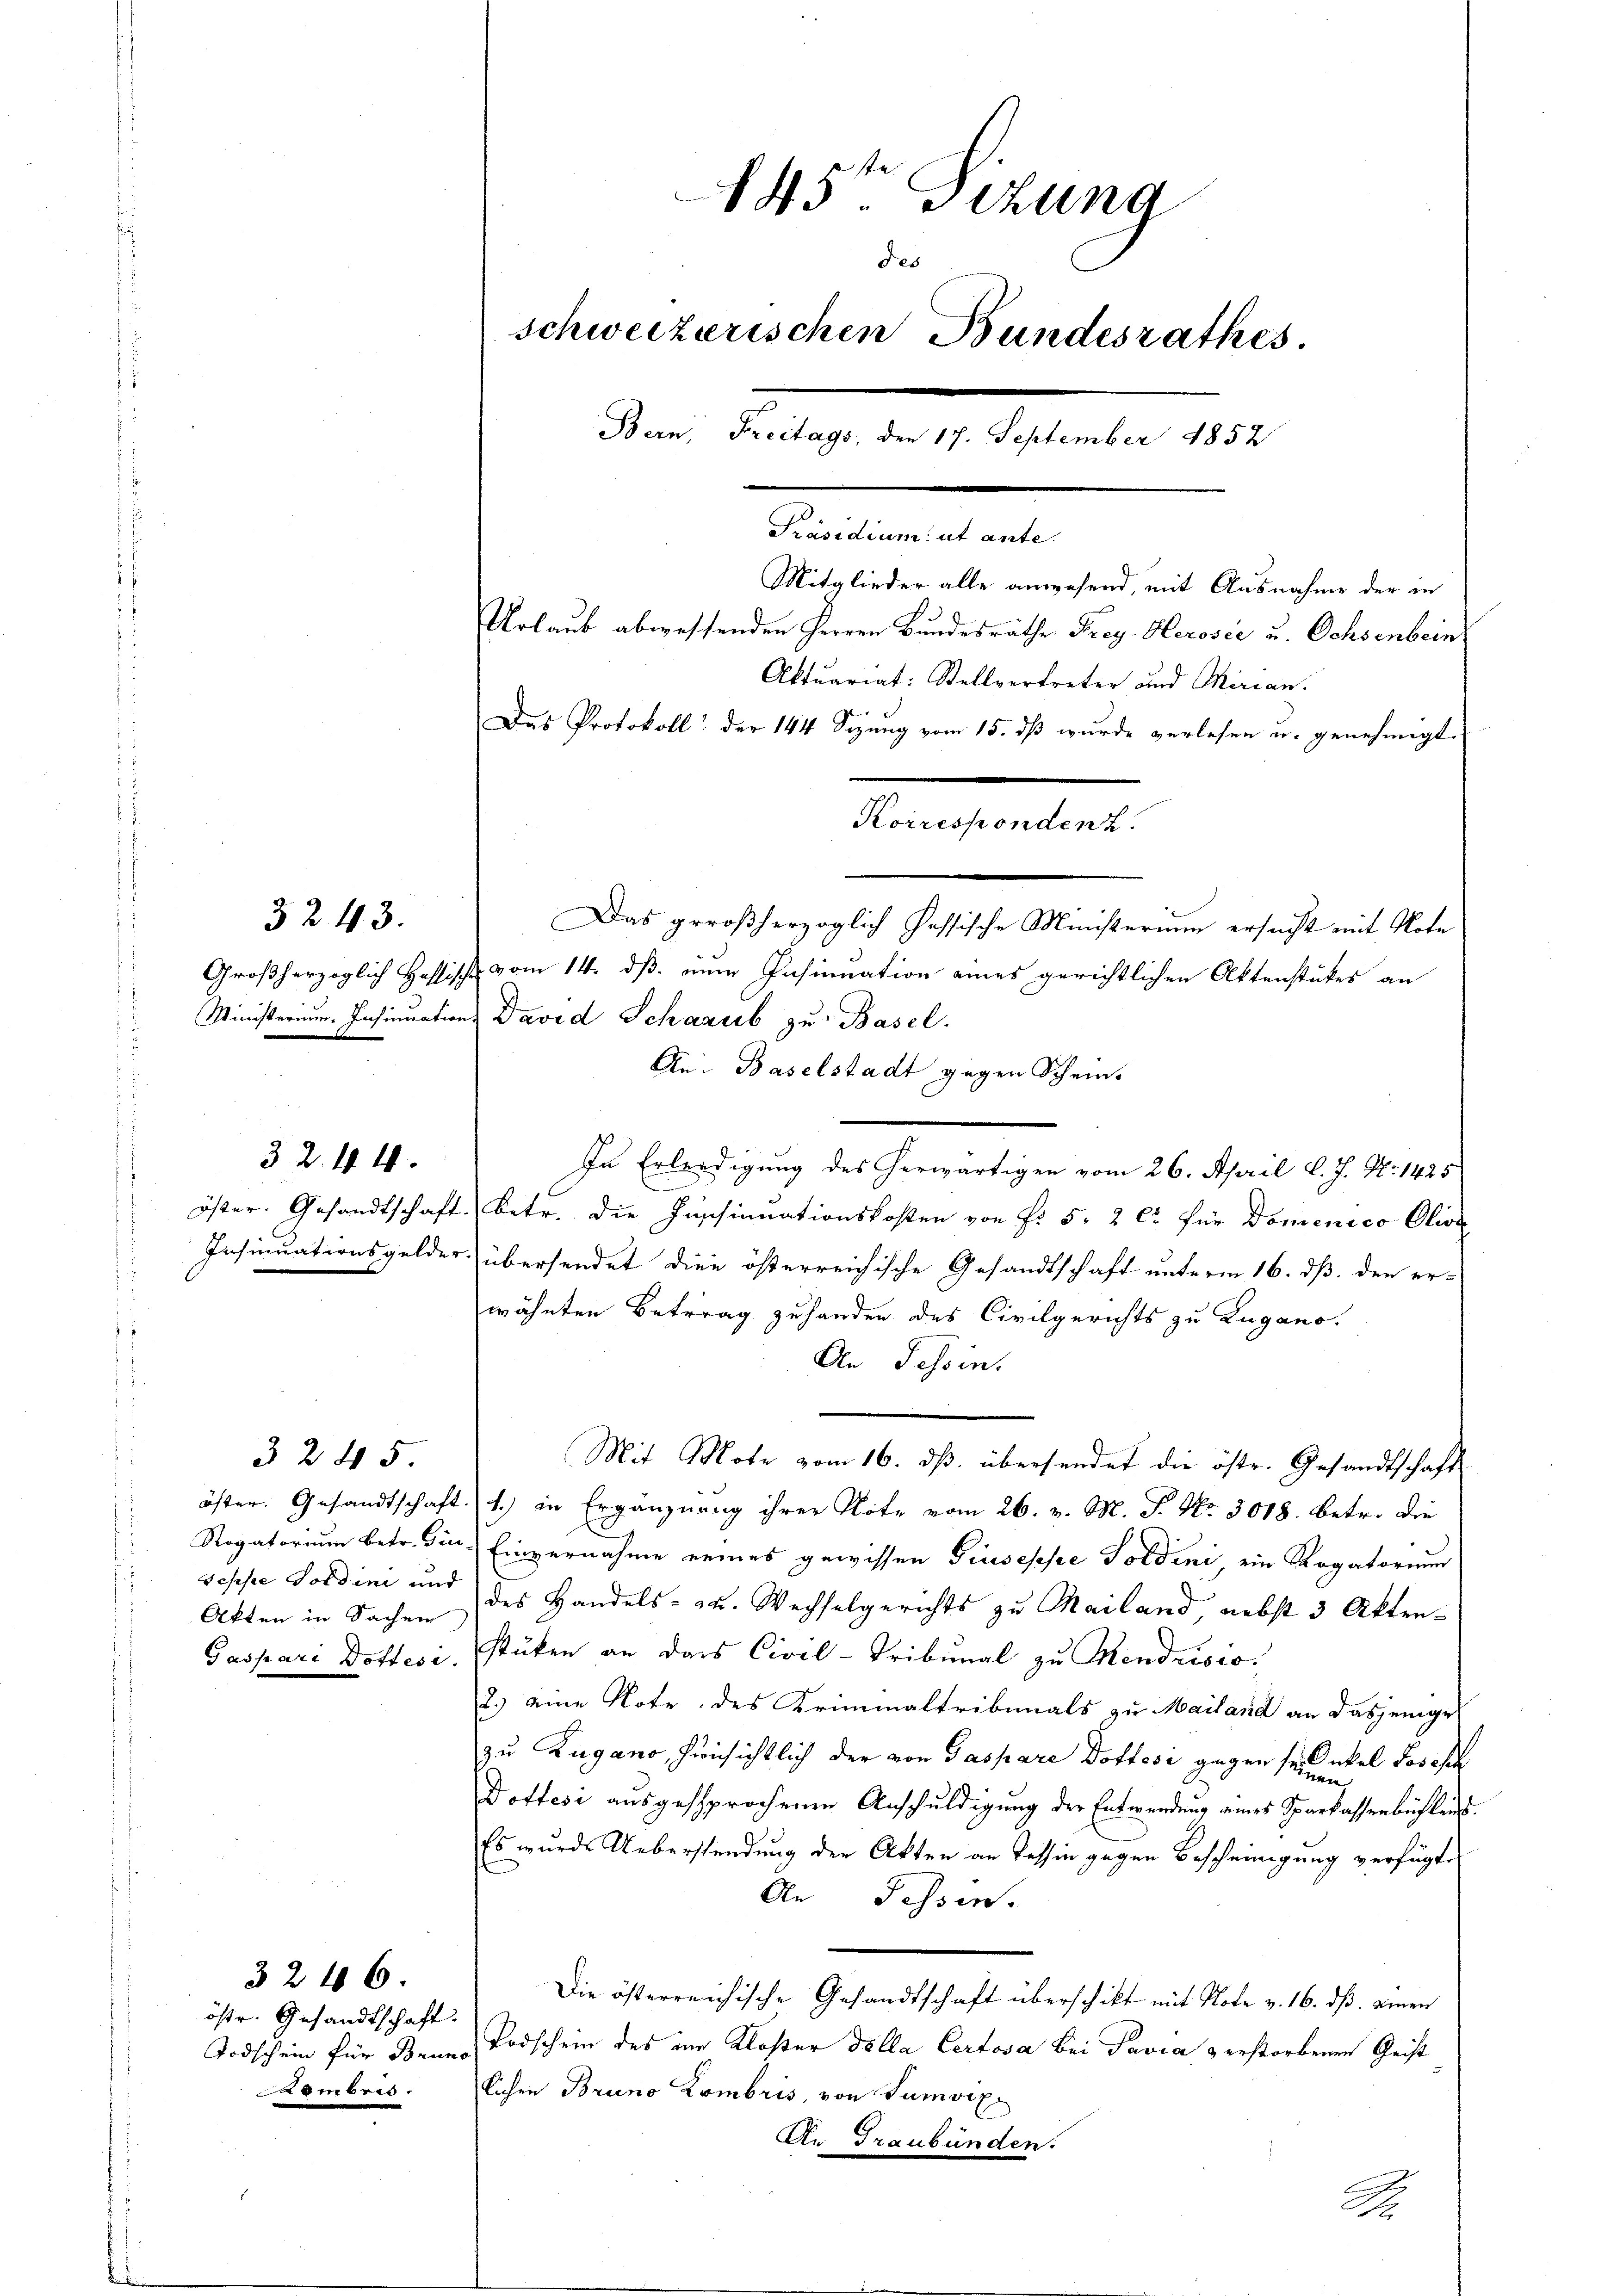
3243.

Sepsie Goldini und

32. 44.

3245.

öste. Gesandtschaft:
Todschein für Bruno
Sembris.

3246.

145te Sitzung
des
schweizerischen Bundesrathes.
Bern, Freitags, den 17. September 1852
.
Präsidium ut ante.
Mitglieder alle anwesend, mit Ausnahme der in
Urlaub abwessenden Herren Bundesrathe Frey-Herović u. Ochsenbein
Aktuariat: Stellvertreter und Mirian.
Das Protokoll der 144 Sizung vom 15. dß wurde verlesen u. genehmigt.
Kaisenatent
Das großherzoglich Passische Ministerium ersucht mit Note
Großherzoglich Hassische vom 14. dß. zum Insinuation eines gerichtlichen Aktenstückes an

Ministerium Insinuations David Schaaub zu Basel.
An: Baselstadt gegen Schein.
In Erlerdigung des herwärtigen vom 26. April l. J. No 1425
wonnen we
öster. Gesandtschaft betr. die Insinuationskosten von Fr. 5. 2 c. für Domenico Olive
Insinuationsgelder übersendet die österreichische Gesandtschaft unterm 16. dß. den er-
wähnten Betrag zu handen des Civilgerichts zu Lugano.
An Tessin.
Mit Mote vom 16. ds. übersendet die östr. Gesandtschaft
öster. Gesandtschaft 1.) in Ergänznung ihrer Note vom 26. v. M. J. No. 3018. betr. die
Rogatorium betr. Die Einvernahme eines gewissen Giuseppe Toldini, ein Rogatorium
Akten in Sachen des Handels- u. Wechselgerichts zu Mailand, nebst 3 Akten¬
Gaspari Dottesi. Stüken an das Civil-Tribunal zu Mendrisio
2.) eine Note des Kriminaltribunals zu Mailand an dasjenige
zu Zugano, Hinsichtlich der von Gaspare Dottese gegen sei. Onkel Joseph

Dottesi ausgesprochenen Anschuldigung der Entwendung eines Sparkassenbühlen.
Es wurde Ueberstendung der Akten an Tessin gegen Bescheinigung verfügt,
An Fessen.
Die österreichische Gesandtschaft überschikt mit Note v. 16. ds. einen
Todschein des im Kloster della Certosa bei Pavia & erstorbenen Geist
lichen Bruno Lombris, von Sumvix
An Graubünden.
A.